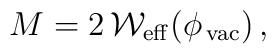
M=2\,{\cal W}_{\rm eff}(\phi_{\,\rm vac})\,,